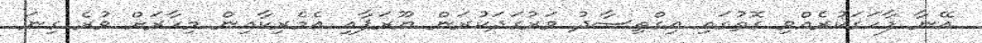
އޭނާ ފާހަގަކުރެއްވި ގޮތުގައި އިގްތިސާދު ވަރުގަދަކުރަން ޔޫރަޕާއި އެމެރިކާއިން މިހާރަށް ވުރެ ގިނަ